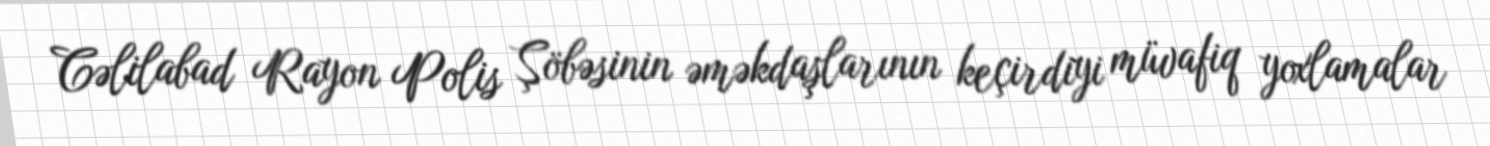
Cəlilabad Rayon Polis Şöbəsinin əməkdaşlarının keçirdiyi müvafiq yoxlamalar